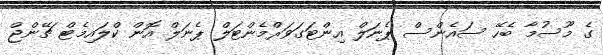
ގެ މޫސުމާ ބެހޭ ސައެންސް ޕެނަލް އިންޓަގަވަރްމެންޓަލް ޕެނަލް އޮން ކްލައިމެޓް ޗޭންޖް